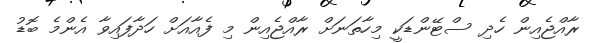
ރާއްޖެއިން ހެދި ސްޓޭންޑަކީ މިހާތަނަށް ރާއްޖެއިން މި ފެއާއަށް ހަދާފައިވާ އެންމެ ބޮޑު